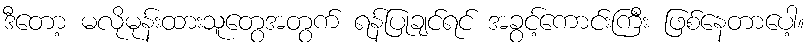
ဒီတော့ မလိုမုန်းထားသူတွေအတွက် ရန်ပြုချင်ရင် အခွင့်ကောင်းကြီး ဖြစ်နေတာပေါ့။